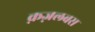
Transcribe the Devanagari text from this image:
क़ज़लबस